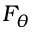
F _ { \theta }